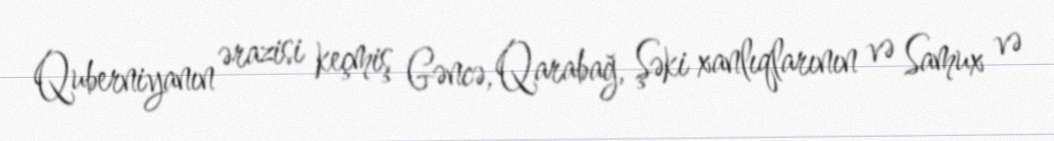
Quberniyanın ərazisi keçmiş Gəncə, Qarabağ, Şəki xanlıqlarının və Samux və